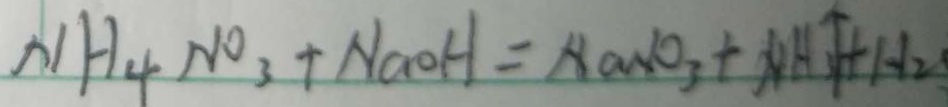
N H _ { 4 } N O _ { 3 } + N a O H = N a N O _ { 3 } + N H _ { 3 } \uparrow + H _ { 2 }